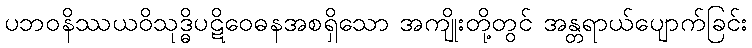
ပဘဝနိဿယဝိသုဒ္ဓိပဋိဝေဓနအစရှိသော အကျိုးတို့တွင် အန္တရာယ်ပျောက်ခြင်း